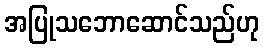
အပြုသဘောဆောင်သည်ဟု